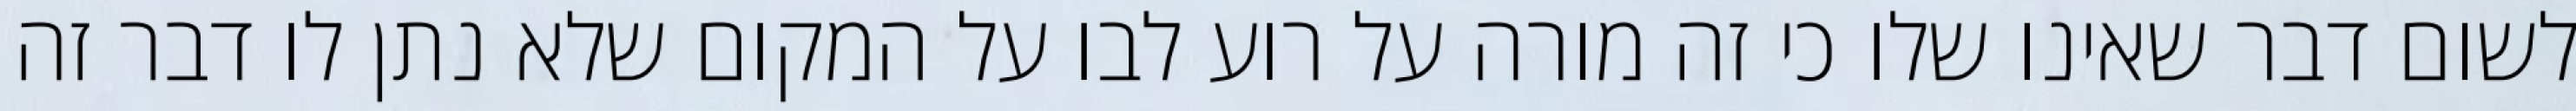
לשום דבר שאינו שלו כי זה מורה על רוע לבו על המקום שלא נתן לו דבר זה